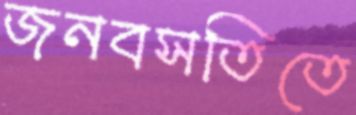
জনবসতিতে